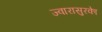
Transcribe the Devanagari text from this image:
ज्वारासुरकाे